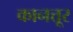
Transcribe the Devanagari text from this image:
कानत्तूर